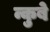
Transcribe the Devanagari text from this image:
न्कुबे